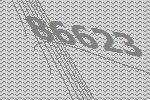
86623